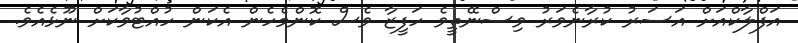
އަފްލާކްއަށް އަސަރު ކުރާނެވަރު ވިސްނޭތީވެ ހަފީޒާ ވެސް ކޮންމެހެން އެކަން ހުއްޓުވާކަށް ނޫޅެއެވެ.